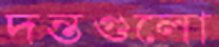
দন্তগুলো